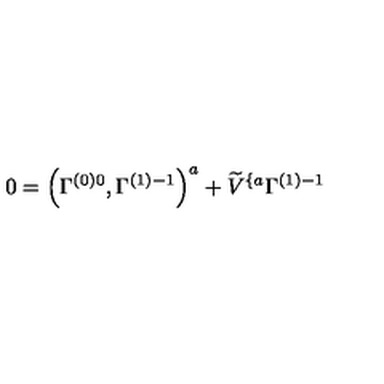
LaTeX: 0 = \left( \Gamma _ { } ^ { \left( 0 \right) 0 } , \Gamma _ { } ^ { \left( 1 \right) - 1 } \right) ^ { a } + \widetilde { V } ^ { \{ a } \Gamma _ { } ^ { \left( 1 \right) - 1 }